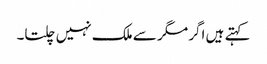
کہتے ہیں اگر مگر سے ملک نہیں چلتا۔